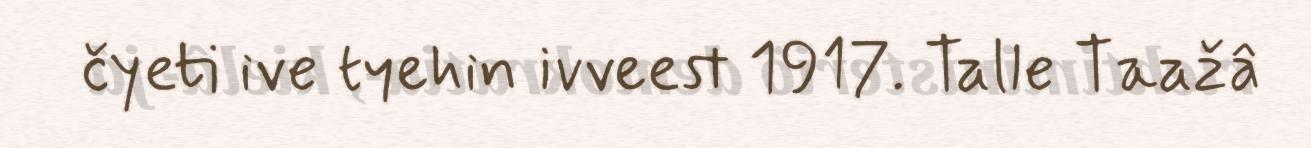
čyeti ive tyehin ivveest 1917. Talle Taažâ